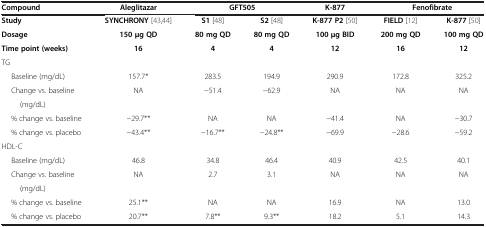
<table><thead><tr><td><b>Compound</b></td><td><b>Aleglitazar</b></td><td colspan="2"><b>GFT505</b></td><td><b>K-877</b></td><td colspan="2"><b>Fenofibrate</b></td></tr></thead><tbody><tr><td><b>Study</b></td><td><b>SYNCHRONY</b>[43,44]</td><td><b>S1</b>[48]</td><td><b>S2</b>[48]</td><td><b>K-877 P2</b>[50]</td><td><b>FIELD</b>[12]</td><td><b>K-877</b>[50]</td></tr><tr><td><b>Dosage</b></td><td><b>150 </b><b>μ</b><b>g QD</b></td><td><b>80 mg QD</b></td><td><b>80 mg QD</b></td><td><b>100 </b><b>μ</b><b>g BID</b></td><td><b>200 mg QD</b></td><td><b>100 mg QD</b></td></tr><tr><td><b>Time point (weeks)</b></td><td><b>16</b></td><td><b>4</b></td><td><b>4</b></td><td><b>12</b></td><td><b>16</b></td><td><b>12</b></td></tr><tr><td>TG</td><td> </td><td> </td><td> </td><td> </td><td> </td><td> </td></tr><tr><td>Baseline (mg/dL)</td><td>157.7*</td><td>283.5</td><td>194.9</td><td>290.9</td><td>172.8</td><td>325.2</td></tr><tr><td>Change vs. baseline</td><td>NA</td><td>−51.4</td><td>−62.9</td><td>NA</td><td>NA</td><td>NA</td></tr><tr><td>(mg/dL)</td><td> </td><td> </td><td> </td><td> </td><td> </td><td> </td></tr><tr><td>% change vs. baseline</td><td>−29.7**</td><td>NA</td><td>NA</td><td>−41.4</td><td>NA</td><td>−30.7</td></tr><tr><td>% change vs. placebo</td><td>−43.4**</td><td>−16.7**</td><td>−24.8**</td><td>−69.9</td><td>−28.6</td><td>−59.2</td></tr><tr><td>HDL-C</td><td> </td><td> </td><td> </td><td> </td><td> </td><td> </td></tr><tr><td>Baseline (mg/dL)</td><td>46.8</td><td>34.8</td><td>46.4</td><td>40.9</td><td>42.5</td><td>40.1</td></tr><tr><td>Change vs. baseline</td><td>NA</td><td>2.7</td><td>3.1</td><td>NA</td><td>NA</td><td>NA</td></tr><tr><td>(mg/dL)</td><td> </td><td> </td><td> </td><td> </td><td> </td><td> </td></tr><tr><td>% change vs. baseline</td><td>25.1**</td><td>NA</td><td>NA</td><td>16.9</td><td>NA</td><td>13.0</td></tr><tr><td>% change vs. placebo</td><td>20.7**</td><td>7.8**</td><td>9.3**</td><td>18.2</td><td>5.1</td><td>14.3</td></tr></tbody></table>